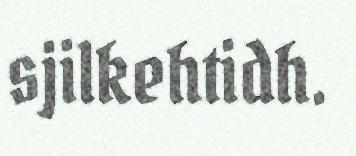
sjilkehtidh.